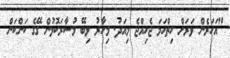
"އަހަރެން ވަރަށް ހިތްހަމަ ޖެހިއްޖެ މިއަދު. މިހާރު ލިބޭ މުސާރަކޮޅުން ގޭގެ ކަންކަން